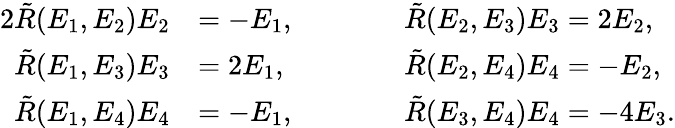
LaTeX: \begin{array}{rlrl}{{2}\tilde{R}(E_{1},E_{2})E_{2}}&{=-E_{1},}&&{\qquad\tilde{R}(E_{2},E_{3})E_{3}=2E_{2},}\\ {\tilde{R}(E_{1},E_{3})E_{3}}&{=2E_{1},}&&{\qquad\tilde{R}(E_{2},E_{4})E_{4}=-E_{2},}\\ {\tilde{R}(E_{1},E_{4})E_{4}}&{=-E_{1},}&&{\qquad\tilde{R}(E_{3},E_{4})E_{4}=-4E_{3}.}\end{array}